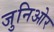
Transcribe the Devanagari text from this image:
जुनिओर